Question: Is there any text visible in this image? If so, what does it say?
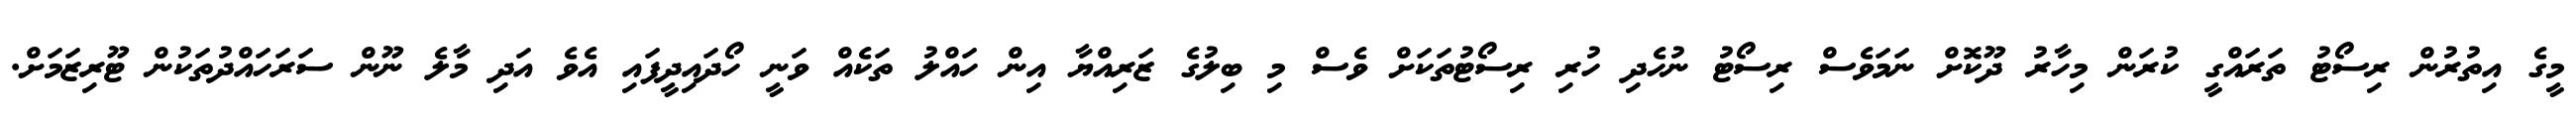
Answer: މީގެ އިތުރުން ރިސޯޓު ތަރައްގީ ކުރަން މިހާރު ދޫކޮށް ނަމަވެސް ރިސޯޓު ނުހެދި ހުރި ރިސޯޓުތަކަށް ވެސް މި ބިލުގެ ޒަރިއްޔާ އިން ހައްލު ތަކެއް ވަނީ ހޯދައިދީފައި އެވެ އަދި މާލެ ނޫން ސަރަހައްދުތަކުން ޓޫރިޒަމަށް.